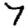
Digit: 7